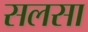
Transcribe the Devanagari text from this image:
सलसा